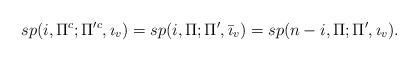
LaTeX: \begin{align*}sp(i,\Pi^{c};\Pi'^{c},\imath_v)=sp(i,\Pi;\Pi',\bar{\imath}_v)=sp(n-i,\Pi;\Pi',\imath_{v}).\end{align*}